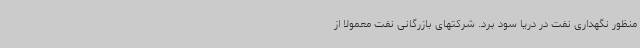
منظور نگهداری نفت در دریا سود برد. شرکتهای بازرگانی نفت معمولا از